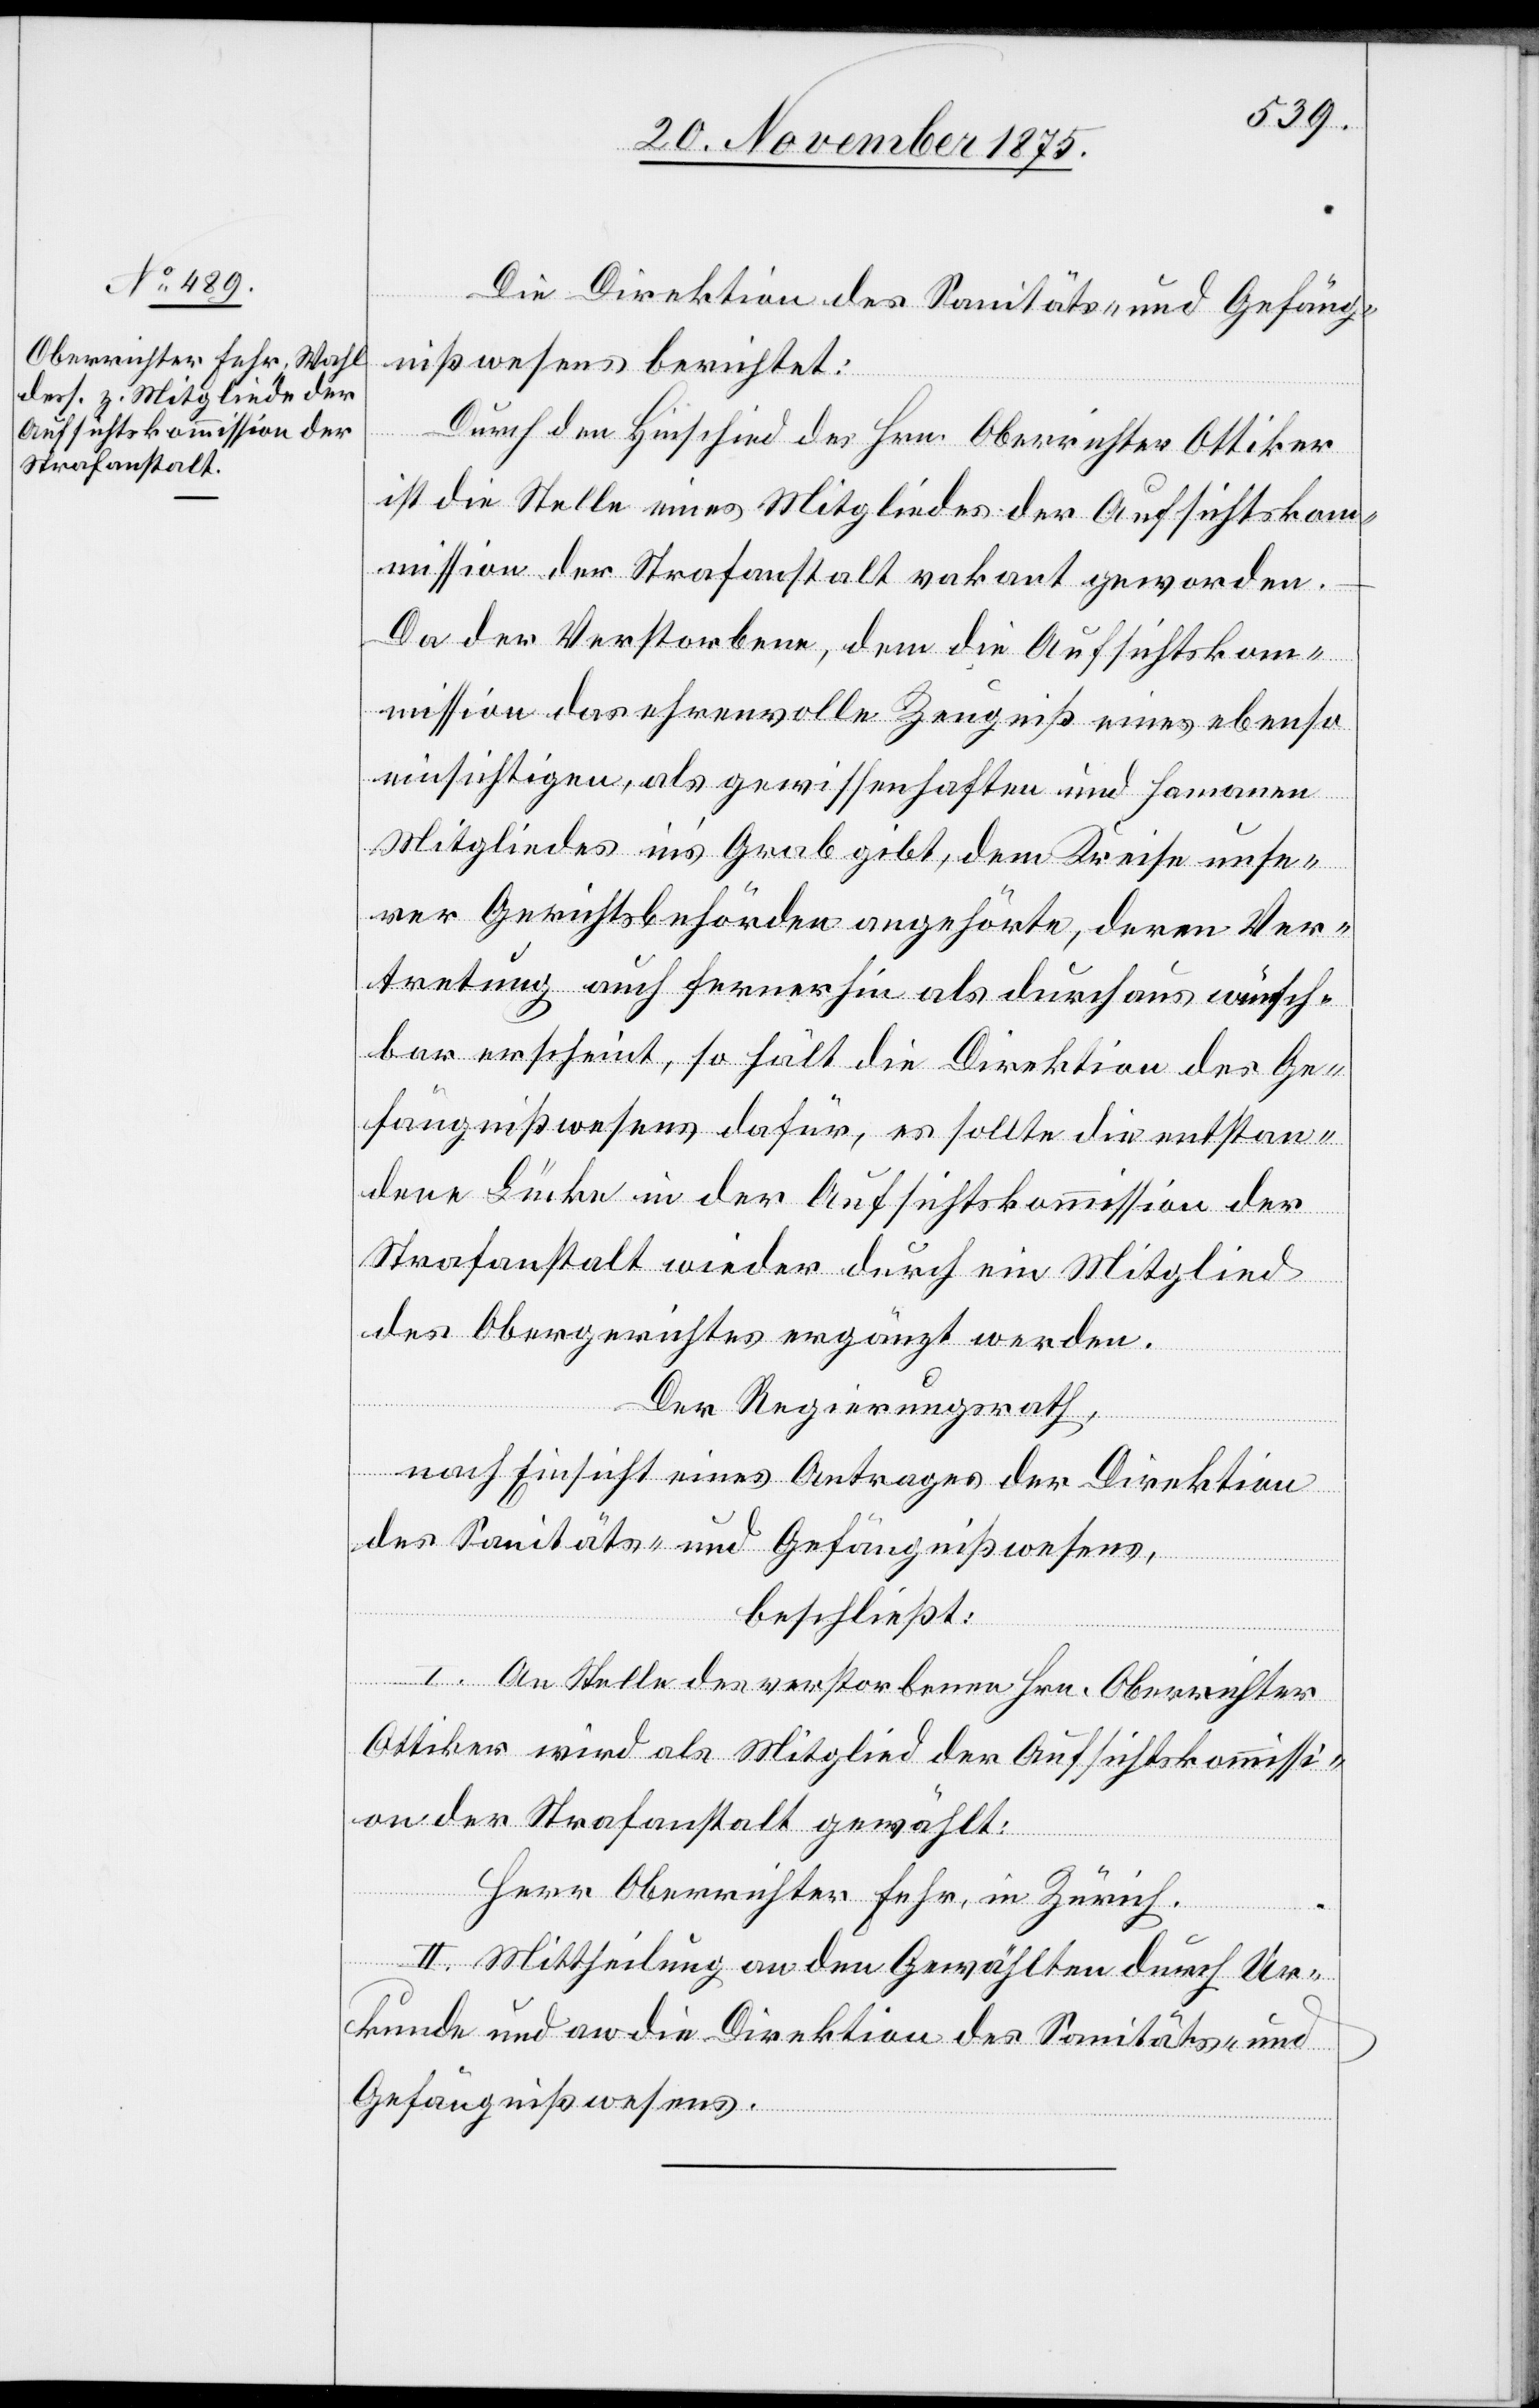
Die Direktion des Sanitäts- und Gefäng¬
nißwesens berichtet:
Durch den Hinschied des Hrn. Oberrichter Ottiker
ist die Stelle eines Mitgliedes der Aufsichtskom¬
mission der Strafanstalt vakant geworden.
Da der Verstorbene, dem die Aufsichtskom¬
mission das ehrenvolle Zeugniß eines ebenso
einsichtigen, als gewissenhaften und hamanen
Mitgliedes in’s Grab gibt, dem Kreise unse¬
rer Gerichtsbehörden angehörte, deren Ver¬
tretung auch fernerhin als durchaus wünsch¬
bar erscheint, so hält die Direktion des Ge¬
fängnißwesens dafür, es sollte die entstan¬
dene Lücke in der Aufsichtskommission der
Strafanstalt wieder durch ein Mitglied
des Obergerichtes ergänzt werden.
Der Regierungsrath,
nach Einsicht eines Antrages der Direktion
des Sanitäts- und Gefängnißwesens,
beschließt:
I. An Stelle des verstorbenen Hrn. Oberrichter
Ottiker wird als Mitglied der Aufsichtskommissi¬
on der Strafanstalt gewählt:
Herr Oberrichter Fehr, in Zürich.
II. Mittheilung an den Gewählten durch Ur¬
kunde und an die Direktion des Sanitäts- und
Gefängnißwesens.
humanen]